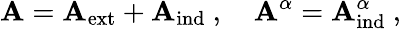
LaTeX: {\mathbf A}={\mathbf A}_{\mathrm{ext}}+{\mathbf A}_{\mathrm{ind}}\ ,\quad{\mathbf A}^{\alpha}={\mathbf A}_{\mathrm{ind}}^{\alpha}\ ,